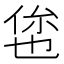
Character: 𬾥